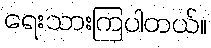
ရေးသားကြပါတယ်။